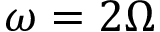
\omega = 2 \Omega